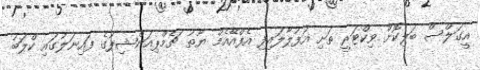
އީގަލްސް ބަލިކޮށް ވިކްޓަރީ ތަށި އުފުލާލައިފި އެފްއޭއެމް ޔޫތު ޗެމްޕިއަންޝިޕުގެ ފައިނަލުގައި ކްލަބު